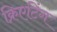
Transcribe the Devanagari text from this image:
क्रिएटिंग